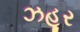
ઝહૂર